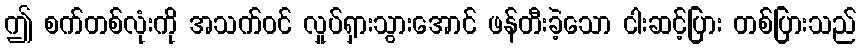
ဤ စက်တစ်လုံးကို အသက်ဝင် လှုပ်ရှားသွားအောင် ဖန်တီးခဲ့သော ငါးဆင့်ပြား တစ်ပြားသည်